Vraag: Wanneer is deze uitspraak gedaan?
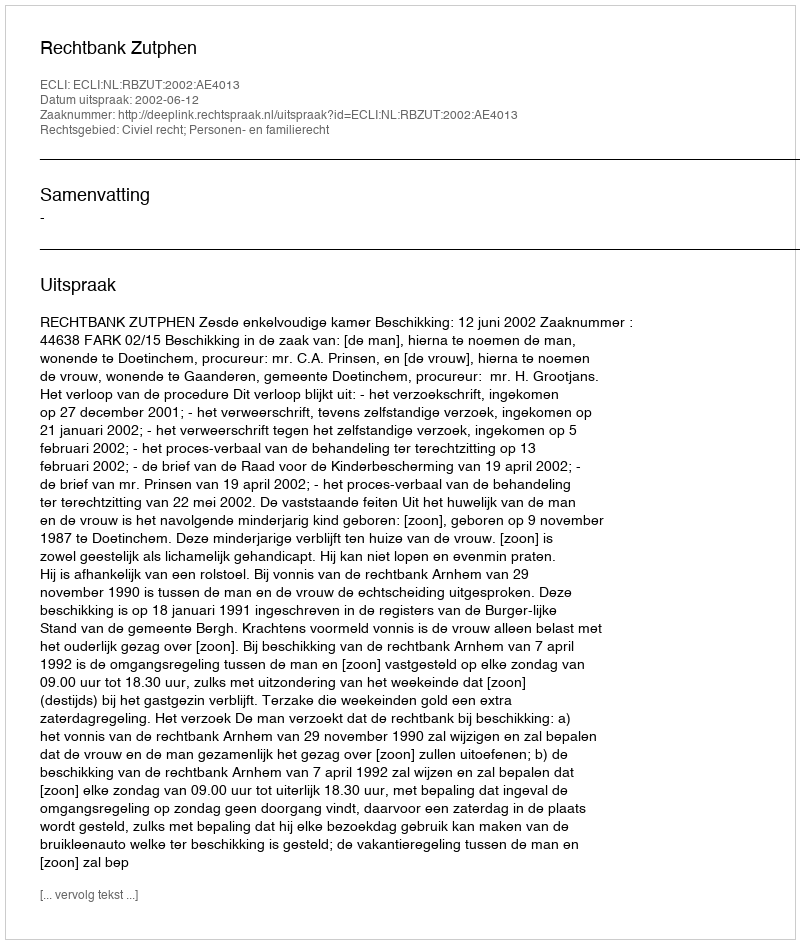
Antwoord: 2002-06-12